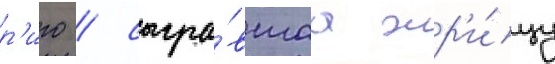
р'иго / сыгра́вшаа жр'и́цу